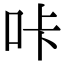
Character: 咔